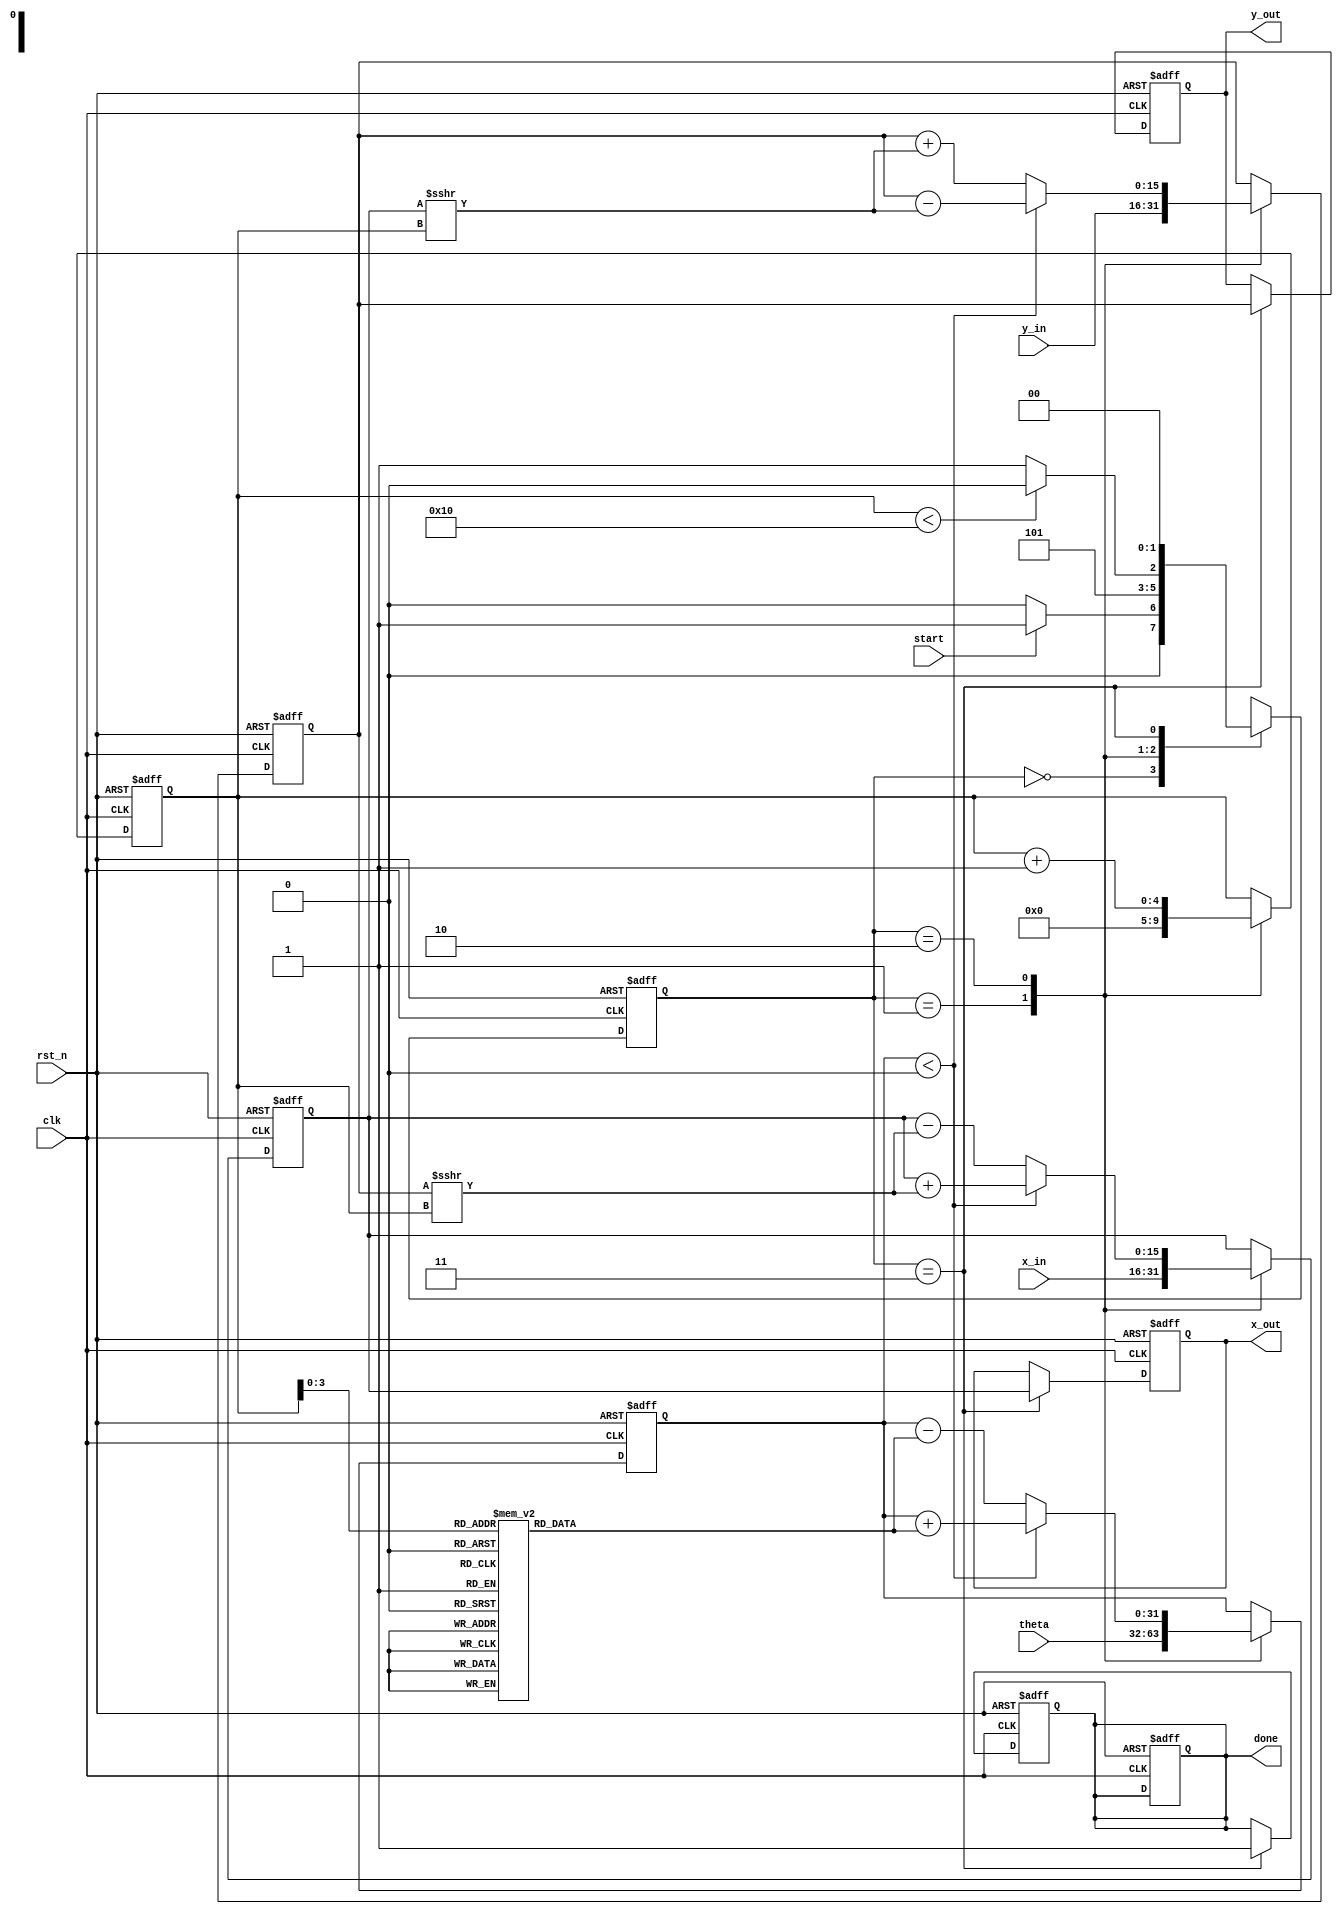
module cordic_rotational #(
    parameter N = 16,               // Number of iterations
    parameter WIDTH = 16,           // Bit-width for fixed-point representation
    parameter ANGLE_WIDTH = 32      // Bit-width for angle representation
)(
    input wire clk,                 // Clock signal
    input wire rst_n,               // Asynchronous reset (active low)
    input wire [ANGLE_WIDTH-1:0] theta, // Input angle in fixed-point format
    input wire [WIDTH-1:0] x_in,    // Initial x vector
    input wire [WIDTH-1:0] y_in,    // Initial y vector
    input wire start,               // Start signal for computation
    output reg [WIDTH-1:0] x_out,   // Output x (cosine)
    output reg [WIDTH-1:0] y_out,   // Output y (sine)
    output reg done                 // Done signal
);

    // CORDIC constants (atan(2^-i) in fixed-point format)
    reg [ANGLE_WIDTH-1:0] atan_table [0:N-1];
    initial begin
        atan_table[0] = 32'h00000000; // atan(1) = 0
        atan_table[1] = 32'h0000003F; // atan(1/2) = 0.46364761
        atan_table[2] = 32'h0000001A; // atan(1/4) = 0.24497866
        atan_table[3] = 32'h0000000D; // atan(1/8) = 0.12435499
        // ... Fill in remaining values ...
        atan_table[N-1] = 32'h00000000; // Last value
    end

    // State machine states
    localparam IDLE = 2'b00, INIT = 2'b01, ITERATE = 2'b10, DONE = 2'b11;
    reg [1:0] state, next_state;
    
    // Registers for internal values
    reg [WIDTH-1:0] x_reg, y_reg;
    reg [ANGLE_WIDTH-1:0] theta_reg;
    reg [4:0] iteration; // Up to N iterations

    // FSM for control
    always @(posedge clk or negedge rst_n) begin
        if (!rst_n) begin
            state <= IDLE;
            done <= 0;
        end else begin
            state <= next_state;
        end
    end

    always @(*) begin
        case (state)
            IDLE: begin
                if (start) begin
                    next_state = INIT;
                end else begin
                    next_state = IDLE;
                end
            end
            INIT: begin
                next_state = ITERATE;
            end
            ITERATE: begin
                if (iteration < N) begin
                    next_state = ITERATE;
                end else begin
                    next_state = DONE;
                end
            end
            DONE: begin
                next_state = IDLE;
            end
            default: next_state = IDLE;
        endcase
    end

    // CORDIC computation
    always @(posedge clk or negedge rst_n) begin
        if (!rst_n) begin
            x_reg <= 0;
            y_reg <= 0;
            theta_reg <= 0;
            iteration <= 0;
            x_out <= 0;
            y_out <= 0;
            done <= 0;
        end else begin
            case (state)
                INIT: begin
                    x_reg <= x_in;
                    y_reg <= y_in;
                    theta_reg <= theta;
                    iteration <= 0;
                end
                ITERATE: begin
                    if (theta_reg < 0) begin
                        // Rotate clockwise
                        x_reg <= x_reg + (y_reg >>> iteration);
                        y_reg <= y_reg - (x_reg >>> iteration);
                        theta_reg <= theta_reg + atan_table[iteration];
                    end else begin
                        // Rotate counterclockwise
                        x_reg <= x_reg - (y_reg >>> iteration);
                        y_reg <= y_reg + (x_reg >>> iteration);
                        theta_reg <= theta_reg - atan_table[iteration];
                    end
                    iteration <= iteration + 1;
                end
                DONE: begin
                    x_out <= x_reg;
                    y_out <= y_reg;
                    done <= 1;
                end
            endcase
        end
    end

endmodule